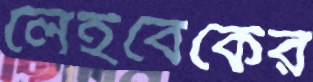
লেইবেকের